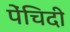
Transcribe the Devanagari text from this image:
पेंचिदी